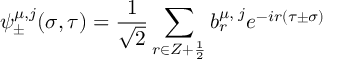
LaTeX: \psi _ { \pm } ^ { \mu , j } ( \sigma , \tau ) = \frac { 1 } { \sqrt 2 } \sum _ { r \in Z + \frac { 1 } { 2 } } b _ { r } ^ { \mu , \; j } e ^ { - i r ( \tau \pm \sigma ) }